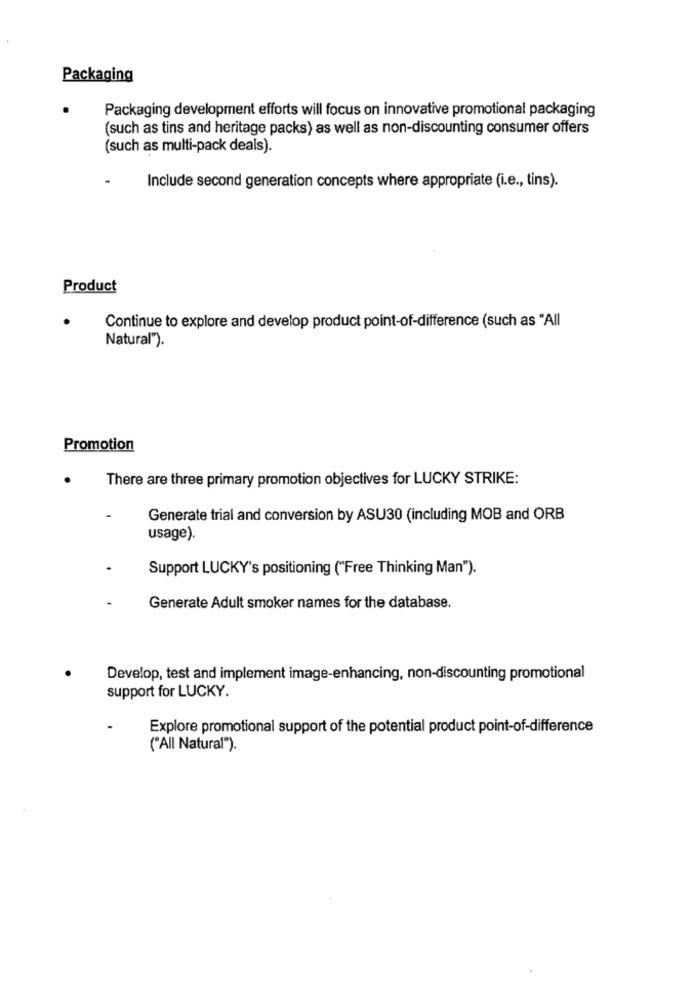
Packaging
Packaging development efforts will focus on innovative promotional packaging
(such as tins and heritage packs) as well as non-discounting consumer offers
(such as multi-pack deals).
Include second generation concepts where appropriate (i.e ., tins).
Product
Continue to explore and develop product point-of-difference (such as "All
Natural").
Promotion
There are three primary promotion objectives for LUCKY STRIKE:
Generate trial and conversion by ASU30 (including MOB and ORB
usage).
Support LUCKY's positioning ("Free Thinking Man").
Generate Adult smoker names for the database.
Develop, test and implement image-enhancing, non-discounting promotional
support for LUCKY.
Explore promotional support of the potential product point-of-difference
("All Natural").